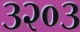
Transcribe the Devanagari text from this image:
३२०३